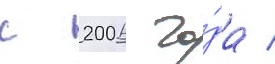
с 2006 го́да /